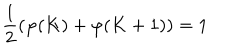
LaTeX: \frac { 1 } { 2 } ( \varphi ( K ) + \varphi ( K + 1 ) ) = 1